Civil Veterinary Department Bengal reports 1923-33 - 1923-1933
Year: 1923
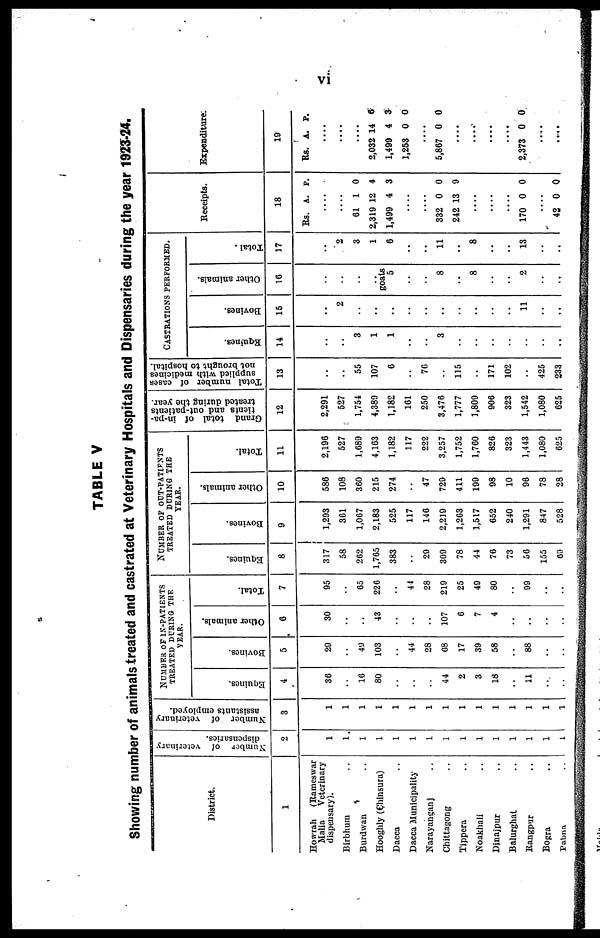
vi
TABLE V
Showing number of animals treated and castrated at Veterinary Hospitals and Dispensaries during the year 1923-24.
District.
1
Howrah
(Rameswar
Malia
Veterinary
dispensary).
Birbhum ..
Burdwan ..
Hooghly (Chinsura)
Dacca
Dacca Municipality
Narayanganj ..
Chittagong ..
Tippera ..
Noakhali ..
Dinajpur ..
Balurghat ..
Rangpur ..
Bogra ..
Pabna ..
Number
of veterinary
dispensaries.
2
1
1
1
1
1
1
1
1
1
1
1
1
1
1
1
Number of veterinary
assistants employed.
3
1
1
1
1
1
1
1
1
1
1
1
1
1
1
1
NUMBER OF IN-PATIENTS
TREATED DURING THE
YEAR.
Equines.
4
36
..
16
80
..
..
..
44
2
3
18
..
11
..
..
Bovines.
5
29
..
49
103
..
44
28
68
17
39
58
..
88
..
..
Other animals.
6
30
..
..
43
..
..
..
107
6
7
4
..
..
..
..
Total.
7
95
..
65
226
..
44
28
219
25
49
80
..
99
..
..
NUMBER OF OUT-PATIENTS
TREATED DURING THE
YEAR.
Equines.
8
317
58
262
1,765
383
..
29
309
78
44
76
73
56
155
63
Bovines.
9
1,293
361
1,067
2,183
525
117
146
2,219
1,263
1,517
652
240
1,291
847
528
Other animals.
10
586
108
360
215
274
..
47
729
411
199
98
10
96
78
28
Total.
11
2,196
527
1,689
4,163
1,182
117
222
3,257
1,752
1,760
826
323
1,443
1,080
625
Grand total of in-pa-
tients and out-patients
treated during the year.
12
2,291
527
1,754
4,389
1,182
161
250
3,476
1,777
1,809
906
323
1,542
1,080
625
Total number of cases
supplied with medicines
not brought to hospital.
13
..
..
55
107
6
..
76
..
115
..
171
102
..
425
233
CASTRATIONS PERFORMED.
Equines.
14
..
..
3
1
1
..
..
3
..
..
..
..
..
..
..
Bovines.
15
..
2
..
..
..
..
..
..
..
..
..
..
11
..
..
Other animals.
16
..
..
..
goals
5
..
..
8
..
8
..
..
2
..
..
Total.
17
..
2
3
1
6
..
..
11
..
8
..
..
13
..
..
Receipts.
18
Rs. A. P.
....
....
61
2,319
1,499
1
12
4
0
4
3
....
....
332
242
0
13
0
9
....
....
....
170 0 0
....
42 0 0
Expenditure.
19
Rs. A. P.
....
....
....
2,032
1,499
1,253
14
4
0
6
3
0
....
5,867 0 0
....
....
....
....
2,373 0 0
....
....